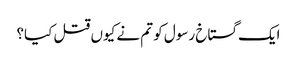
ایک گستاخ رسول کو تم نے کیوں قتل کیا؟